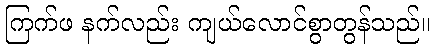
ကြက်ဖ နက်လည်း ကျယ်လောင်စွာတွန်သည်။